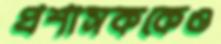
প্রশাসককেও